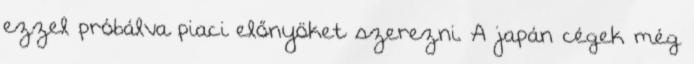
ezzel próbálva piaci előnyöket szerezni. A japán cégek még